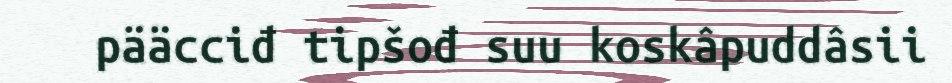
pääcciđ tipšođ suu koskâpuddâsii